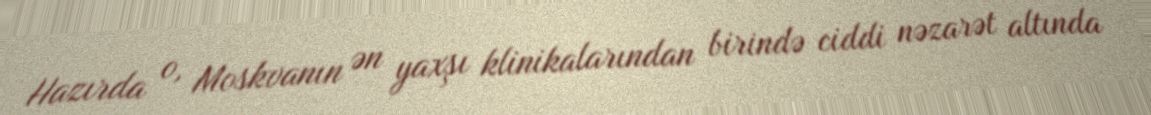
Hazırda o, Moskvanın ən yaxşı klinikalarından birində ciddi nəzarət altında